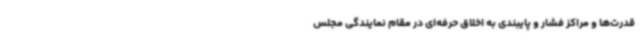
قدرت‌ها و مراکز فشار و پایبندی به اخلاق حرفه‌ای در مقام نمایندگی مجلس